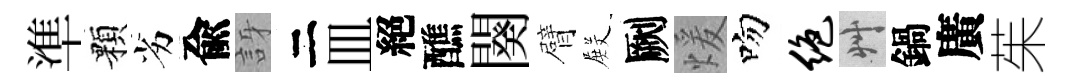
準顆劣兪訝二皿絕醮闋臂𭮺劂煖吻绝艸鍋廣茱